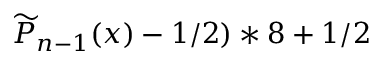
\widetilde { P } _ { n - 1 } ( x ) - 1 / 2 ) * 8 + 1 / 2